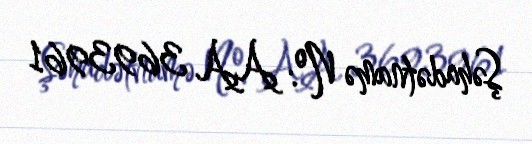
Şəhadətnamə №: AA 3693961